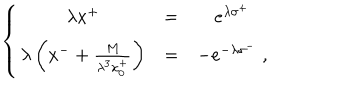
LaTeX: \left\{ \begin{array} { c c c } { { \lambda x ^ { + } } } & { { = } } & { { e ^ { \lambda \sigma ^ { + } } } } \\ { { \lambda \left( x ^ { - } + { \frac { M } { \lambda ^ { 3 } x _ { 0 } ^ { + } } } \right) } } & { { = } } & { { - e ^ { - \lambda \sigma ^ { - } } \; , } } \\ \end{array} \right.